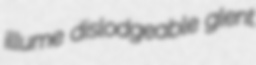
illume dislodgeable glent